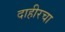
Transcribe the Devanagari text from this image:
दाहीरचा